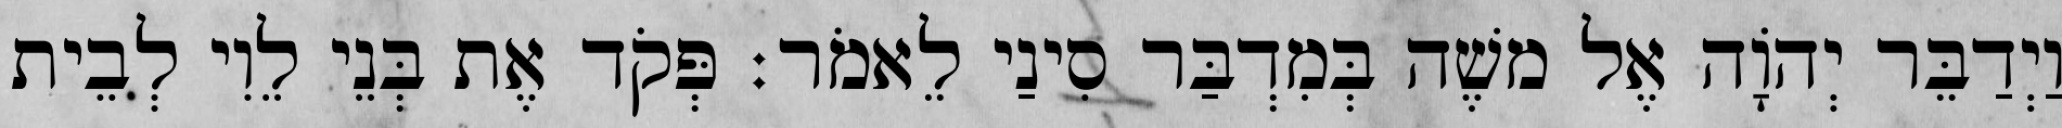
וַיְדַבֵּר יְהוָֹה אֶל משֶׁה בְּמִדְבַּר סִינַי לֵאמֹר׃ פְּקֹד אֶת בְּנֵי לֵוִי לְבֵית